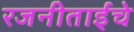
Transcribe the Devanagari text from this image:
रजनीताईंचे